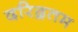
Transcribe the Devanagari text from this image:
दरिद्रतम